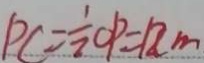
P C = \frac { 1 } { 2 } O P = 1 2 c m